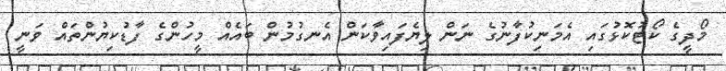
މޯދީގެ ކޯޓުކޮޅުގައި އެމަނިކުފާނުގެ ނަން ލިޔެފައިވާކަން އެނގުމުން ބައެއް މީހުންގެ ފާޑުކިޔުންތައް ވަނީ